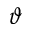
\vartheta